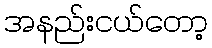
အနည်းငယ်တော့